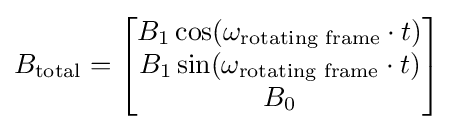
B_{\text{total}}={\begin{bmatrix}B_{1}\cos(\omega _{\text{rotating frame}}\cdot t)\\B_{1}\sin(\omega _{\text{rotating frame}}\cdot t)\\B_{0}\end{bmatrix}}